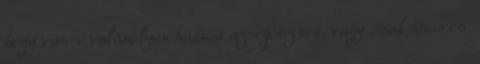
hogy van-e valamilyen hatása az egésznek, vagy csak átverés.